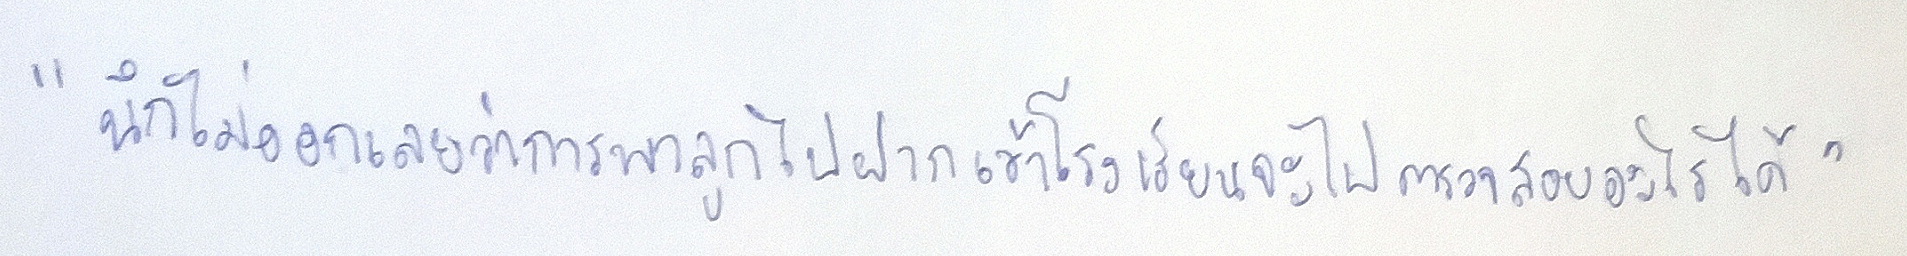
"นึกไม่ออกเลยว่าการพาลูกไปฝากเข้าโรงเรียนจะไปตรวจสอบอะไรได้"